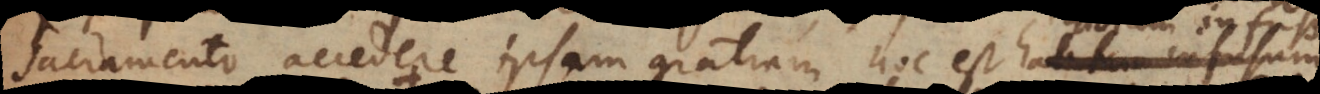
Sacramento accedere ipsam gratiam, hoc est habitum infusum